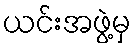
ယင်းအဖွဲ့မှ